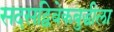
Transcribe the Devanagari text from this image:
सदसद्विवेकबुद्धीला